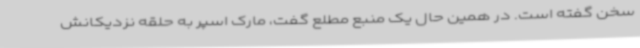
سخن گفته است. در همین حال یک منبع مطلع گفت، مارک اسپر به حلقه نزدیکانش